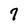
Character: 7